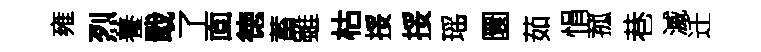
雍烈養戢了靣徳蓄雖枯挼挼瑶圜茹悁菰巷滅迁